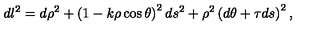
d l ^ { 2 } = d \rho ^ { 2 } + \left( 1 - k \rho \cos \theta \right) ^ { 2 } d s ^ { 2 } + \rho ^ { 2 } \left( d \theta + \tau d s \right) ^ { 2 } ,